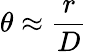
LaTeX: \theta\approx{\frac{r}{D}}